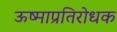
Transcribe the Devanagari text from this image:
ऊष्माप्रतिरोधक